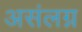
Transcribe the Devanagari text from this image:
असंलग्न